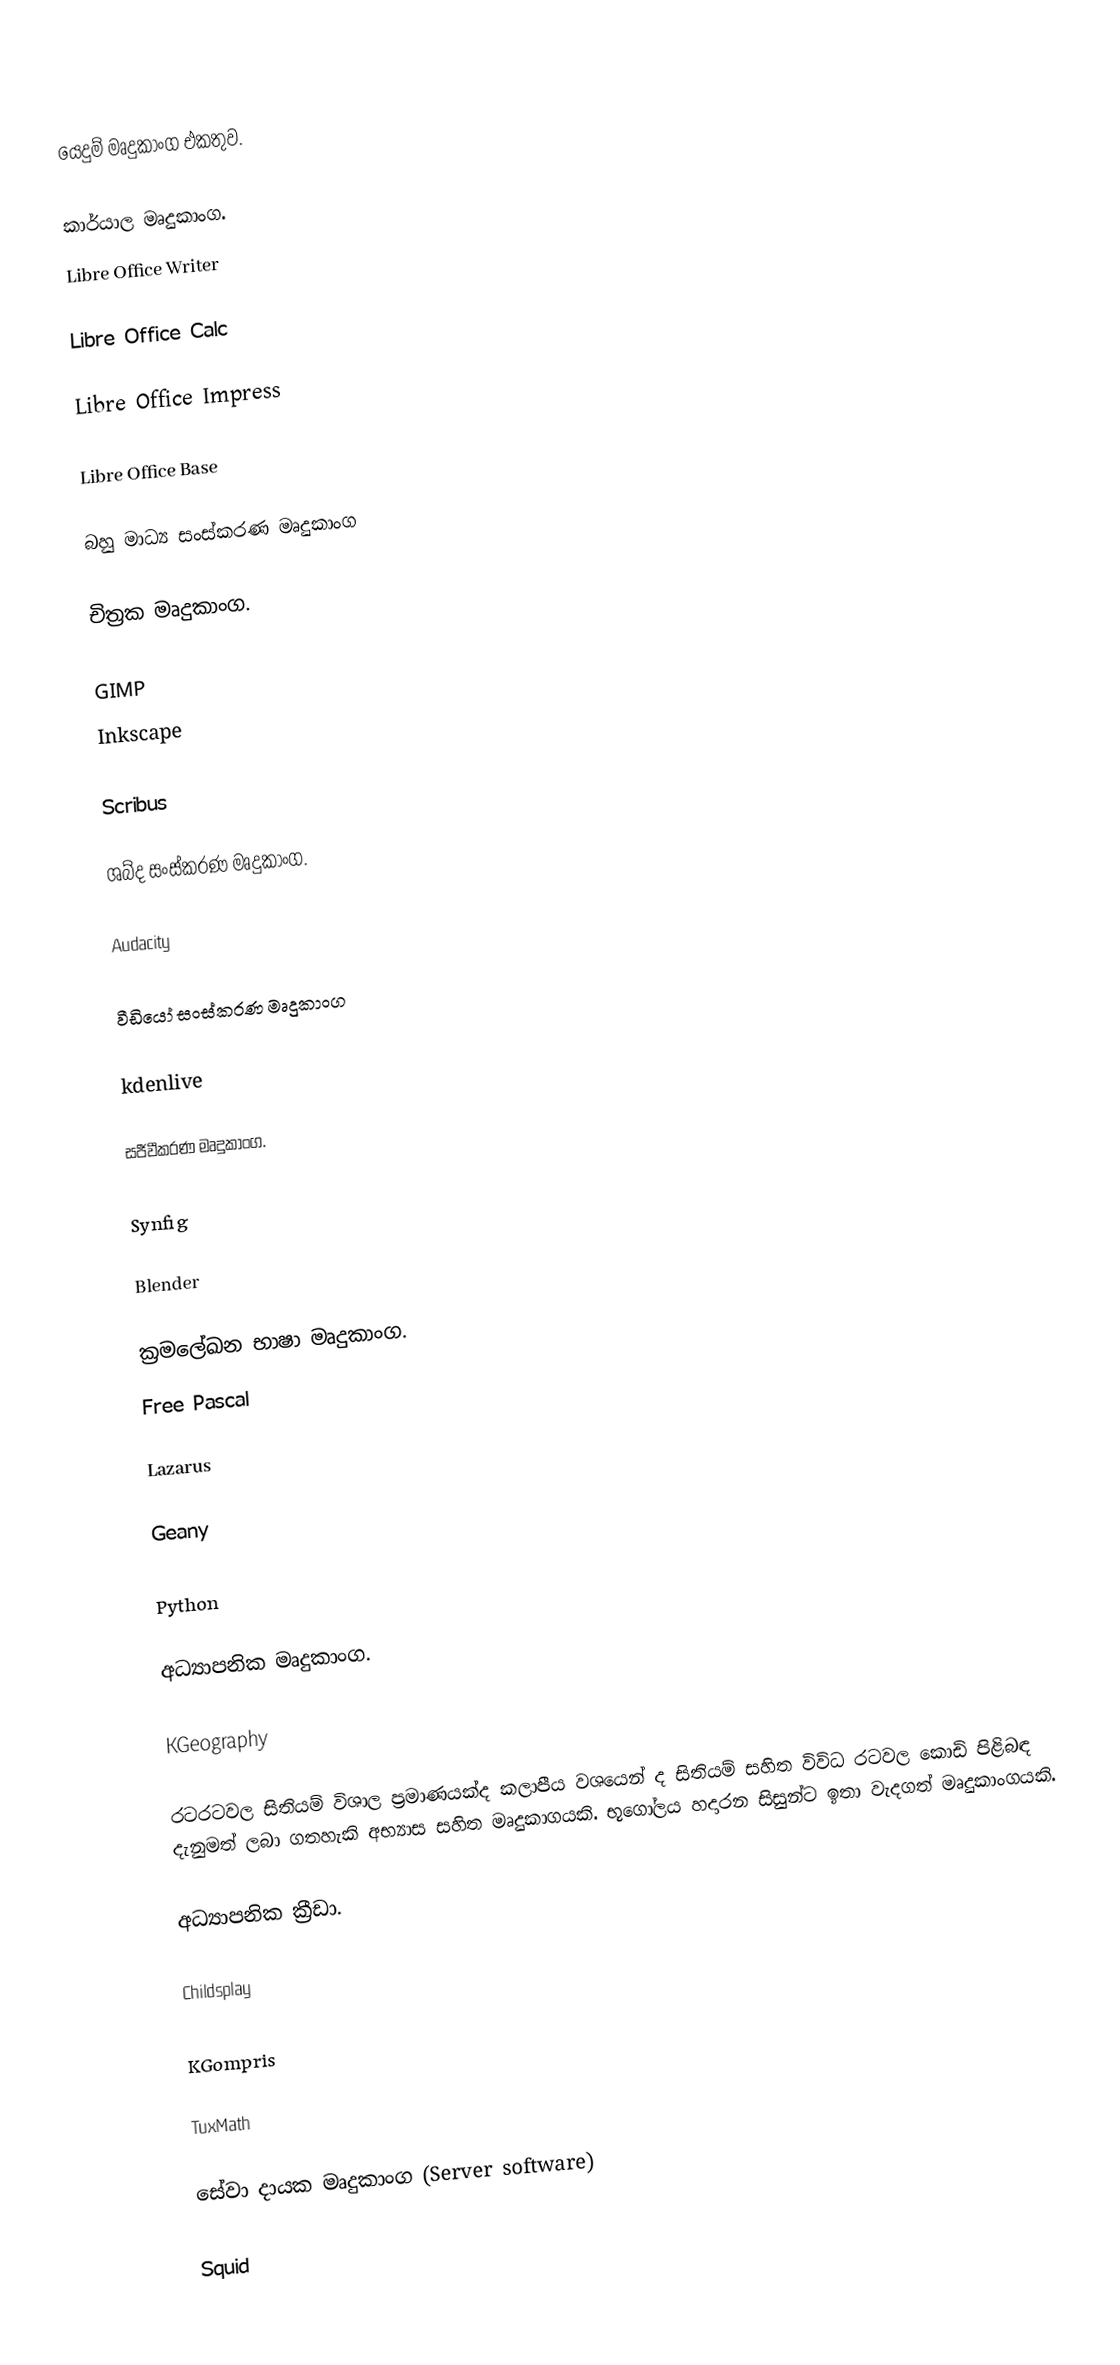

යෙදුම් මෘදුකාංග එකතුව.

කාර්යාල මෘදුකාංග.
Libre Office Writer

Libre Office Calc

Libre Office Impress

Libre Office Base

බහු මාධ්‍ය සංස්කරණ මෘදුකාංග

චිත්‍රක මෘදුකාංග.

GIMP
Inkscape

Scribus

ශබ්ද සංස්කරණ මෘදුකාංග.

Audacity

වීඩියෝ සංස්කරණ මෘදුකාංග

kdenlive

සජීවීකරණ මෘදුකාංග.

Synfig

Blender

ක්‍රමලේඛන භාෂා මෘදුකාංග.
Free Pascal

Lazarus

Geany

Python

අධ්‍යාපනික මෘදුකාංග.

KGeography

රටරටවල සිතියම් විශාල ප්‍රමාණයක්ද කලාපීය වශයෙන් ද සිතියම් සහිත විවිධ රටවල කොඩි  පිළිබඳ දැනුමත් ලබා ගතහැකි අභ්‍යාස සහිත මෘදුකාගයකි. භූගෝලය හදාරන සිසුන්ට ඉතා වැදගත් මෘදුකාංගයකි.

අධ්‍යාපනික ක්‍රීඩා.

Childsplay

KGompris

TuxMath

සේවා දායක මෘදුකාංග (Server software)

Squid